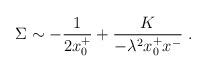
LaTeX: \begin{align*}\Sigma\sim-{1\over{2 x^+_0}}+\frac{K}{-\lambda^2x^+_0x^-}\;.\end{align*}